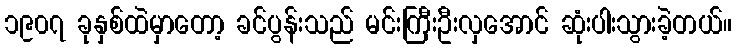
၁၉၀၇ ခုနှစ်ထဲမှာတော့ ခင်ပွန်းသည် မင်းကြီးဦးလှအောင် ဆုံးပါးသွားခဲ့တယ်။